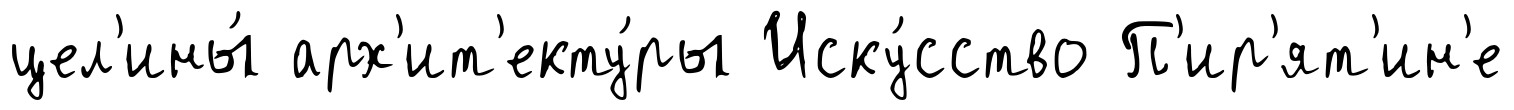
цел'ины́ арх'ит'екту́ры Иску́сство П'ир'ят'ин'е